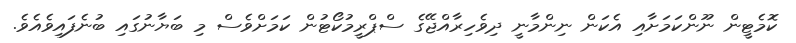
ކޮމެޓީން ނޫންކަމަށާއި އެކަން ނިންމާނީ ދިވެހިރާއްޖޭގެ ސްޕްރީމުކޯޓުން ކަމަށްވެސް މި ބަޔާނުގައި ބުނެފައިވެއެވެ.